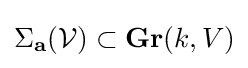
\Sigma _{\mathbf {a} }({\mathcal {V}})\subset \mathbf {Gr} (k,V)